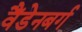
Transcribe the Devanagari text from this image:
वैंडेनबर्ग